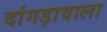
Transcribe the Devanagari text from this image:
दांगड़ावाला